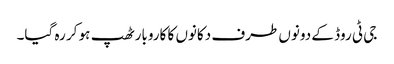
جی ٹی روڈ کے دونوں طرف دکانوں کا کاروبار ٹھپ ہو کر رہ گیا۔